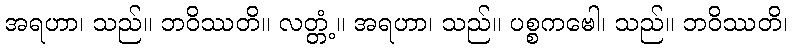
အရဟာ၊ သည်။ ဘဝိဿတိ။ လတ္တံ့။ အရဟာ၊ သည်။ ပစ္စကဗ္ဓေါ၊ သည်။ ဘဝိဿတိ၊